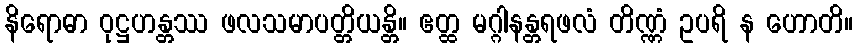
နိရောဓာ ဝုဋ္ဌဟန္တဿ ဖလသမာပတ္တိယန္တိ။ ဧတ္ထ မဂ္ဂါနန္တရဖလံ တိဏ္ဏံ ဥပရိ န ဟောတိ။